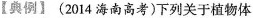
【典例】(2014海南高考)下列关于植物体